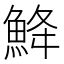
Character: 𩷄